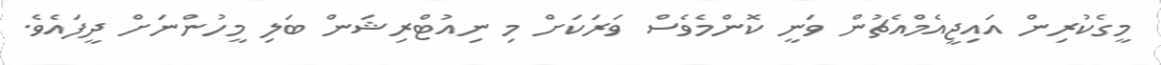
މީގެކުރިން އައިޖީއެމްއެޗުން ވަނީ ކޮންމެވެސް ވަރަކަށް މި ނިއުޓްރިޝަން ބަލި މީހުންނަށް ދީފައެވެ.